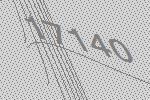
17140